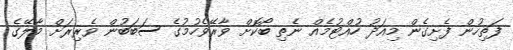
ފަތިހުން ފެށިގެން މިއަދު ހުއްޓުމެއް ނެތި ބޯކޮށް ވާރޭވެހުމުގެ ސަބަބުން ވެރިރަށް މާލޭގެ